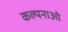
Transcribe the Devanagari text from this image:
कल्पनाओ